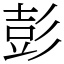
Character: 彭